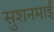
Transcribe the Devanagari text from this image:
सुशनमाई